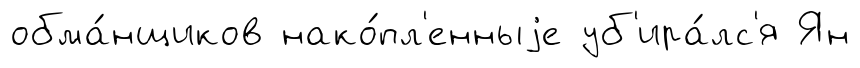
обма́нщиков нако́пл'енныjе уб'ира́лс'я Ян